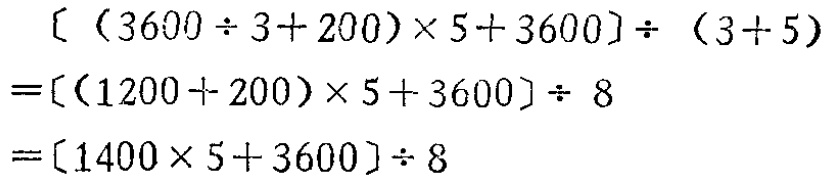
\[
\begin{align*}
&[(3600\div3 + 200)\times5+3600]\div(3 + 5)\\
=&[(1200 + 200)\times5+3600]\div8\\
=&[1400\times5+3600]\div8
\end{align*}
\]